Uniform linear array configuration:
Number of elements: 12
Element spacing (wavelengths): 0.75
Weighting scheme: exponential
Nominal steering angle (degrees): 45
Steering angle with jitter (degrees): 44.031
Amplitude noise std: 0.05
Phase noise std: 0.05

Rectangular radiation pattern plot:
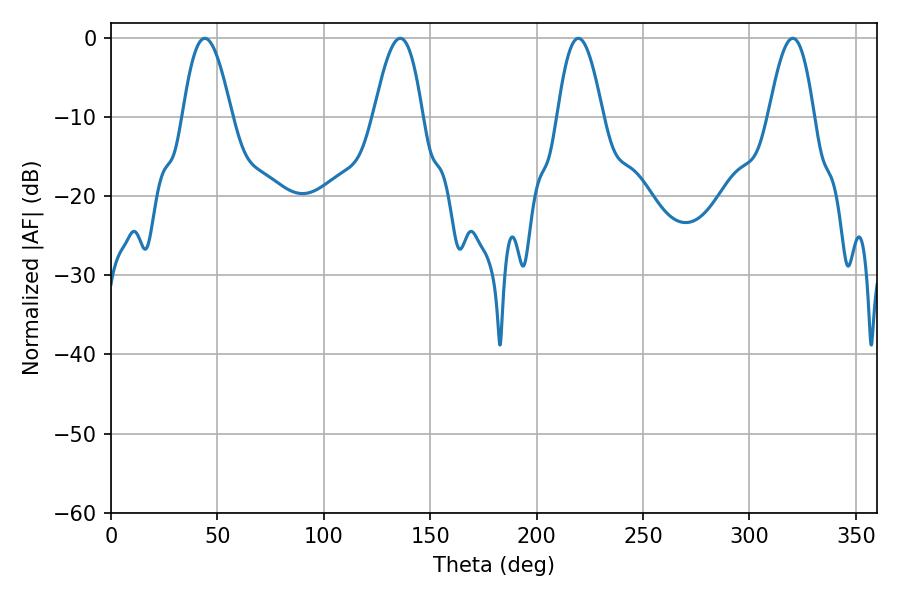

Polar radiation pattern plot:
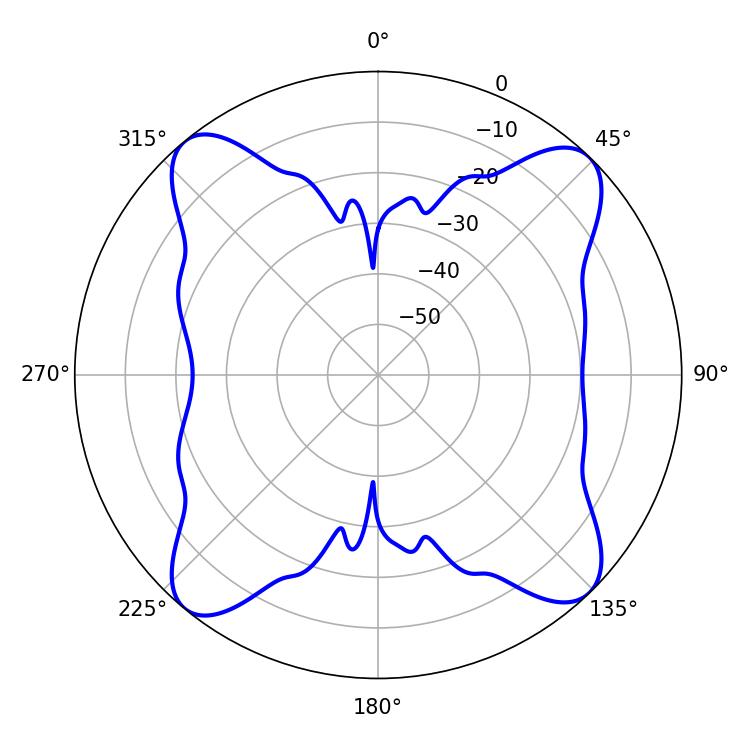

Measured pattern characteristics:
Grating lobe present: TRUE
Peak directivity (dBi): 15.804
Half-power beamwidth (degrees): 11.7
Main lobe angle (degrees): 219.6